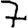
Digit: 7